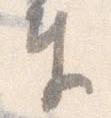
奉